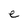
Character: e